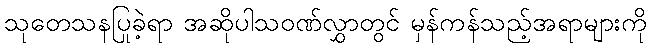
သုတေသနပြုခဲ့ရာ အဆိုပါသဝဏ်လွှာတွင် မှန်ကန်သည့်အရာများကို